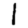
Digit: 1